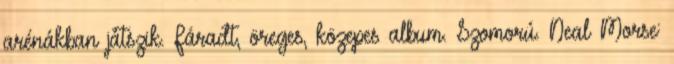
arénákban játszik. Fáradt, öreges, közepes album. Szomorú. Neal Morse: